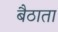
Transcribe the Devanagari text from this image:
बैठाता